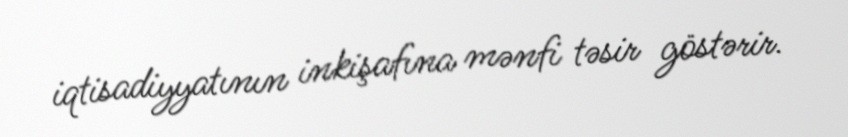
iqtisadiyyatının inkişafına mənfi təsir göstərir.